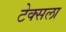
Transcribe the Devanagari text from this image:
टेक्सला